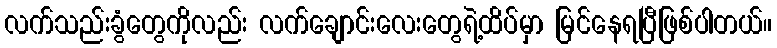
လက်သည်းခွံတွေကိုလည်း လက်ချောင်းလေးတွေရဲ့ထိပ်မှာ မြင်နေရပြီဖြစ်ပါတယ်။